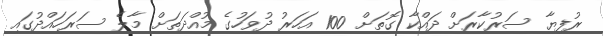
ރުފިޔާ ސަރުކާރަށް ދައްކާ ގޮތަށް 100 އަހަރު ދުވަހުގެ މުއްދަތަށް މާލެ ސަރަހައްދުގައި